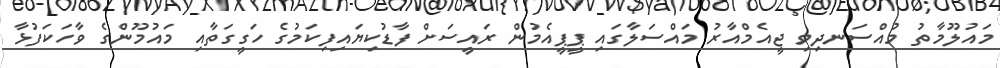
މައުލޫމާތު މުއްސަނދިވި ޖީއެމްއާރު މައްސަލާގައި ޕީޕީއެމުން ރައީސަށް ފާޑުކިޔައިފިކަމުގެ ހަގީގަތާއި މައުމޫންގެ ވާހަކަފުޅާ